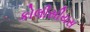
કોલીસીયસ